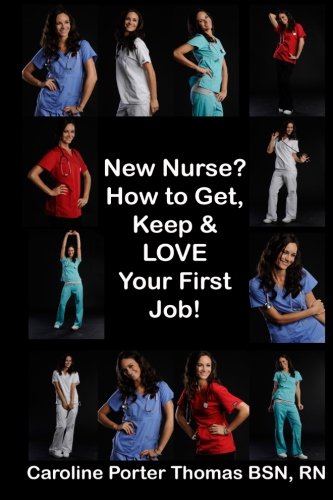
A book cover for New Nurse?: How to Get, Keep and LOVE Your First Nursing Job!; Caroline Porter Thomas; Medical Books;